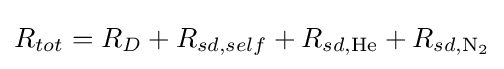
R_{tot}=R_{D}+R_{sd,self}+R_{sd,\mathrm {He} }+R_{sd,\mathrm {N_{2}} }